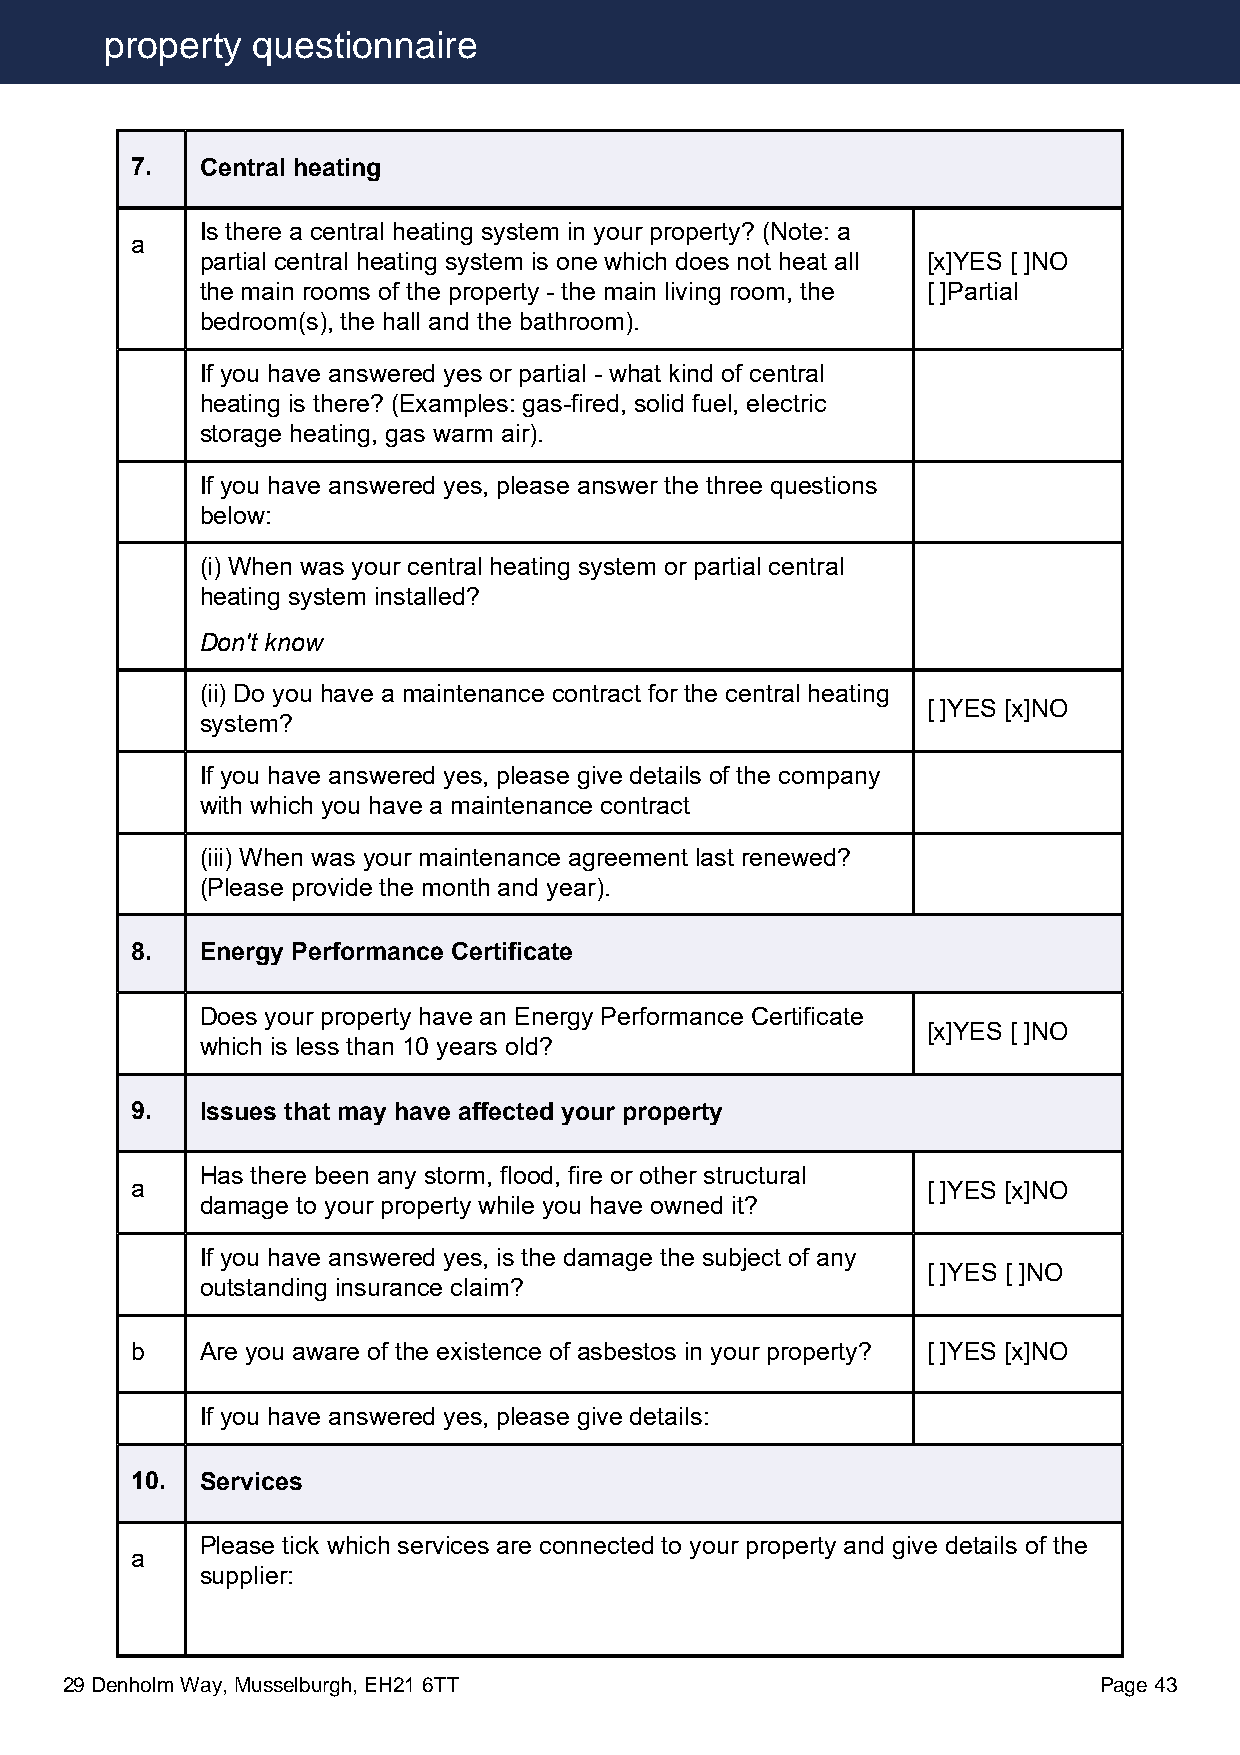
property  questionnaire
 7.  Central heating
 Is there a central heating system in your property? (Note: a
 a
 partial central heating system is one which does not heat all [x]YES [ ]NO
 the main rooms of the property - the main living room, the [ ]Partial
 bedroom(s), the hall and the bathroom).
 If you have answered yes or partial - what kind of central
 heating is there? (Examples: gas-fired, solid fuel, electric
 storage heating, gas warm air).
 If you have answered yes, please answer the three questions
 below:
 (i) When was your central heating system or partial central
 heating system installed?
 Don't know
 (ii) Do you have a maintenance contract for the central heating
 [ ]YES [x]NO
 system?
 If you have answered yes, please give details of the company
 with which you have a maintenance contract
 (iii) When was your maintenance agreement last renewed?
 (Please provide the month and year).
 8.  Energy Performance Certificate
 Does your property have an Energy Performance Certificate
 [x]YES [ ]NO
 which is less than 10 years old?
 9.  Issues that may have affected your property
 Has there been any storm, flood, fire or other structural
 a                                                   [ ]YES [x]NO
 damage to your property while you have owned it?
 If you have answered yes, is the damage the subject of any
 [ ]YES [ ]NO
 outstanding insurance claim?
 b   Are you aware of the existence of asbestos in your property? [ ]YES [x]NO
 If you have answered yes, please give details:
 10. Services
 Please tick which services are connected to your property and give details of the
 a
 supplier:
 29 Denholm Way, Musselburgh, EH21 6TT                                Page 43